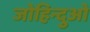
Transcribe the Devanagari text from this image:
जोहिन्दुओं